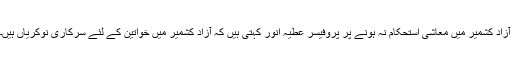
آزاد کشمیر میں معاشی استحکام نہ ہونے پر پروفیسر عطیہ انور کہتی ہیں کہ آزاد کشمیر میں خواتین کے لئے سرکاری نوکریاں ہیں۔